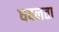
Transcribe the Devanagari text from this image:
धवलता